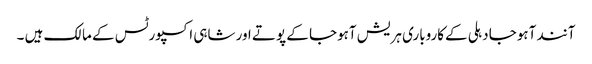
آنند آہوجا دہلی کےکاروباری ہریش آہوجا کے پوتے اور شاہی اکسپورٹس کے مالک ہیں ۔